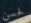
لحسن